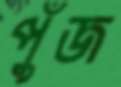
পুঁজ